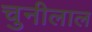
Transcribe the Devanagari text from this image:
चुनीलाल